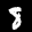
Label: 8